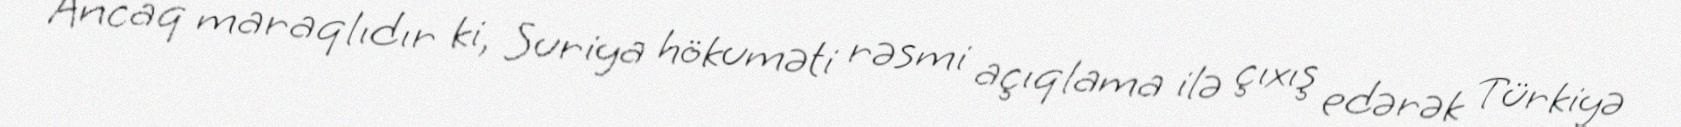
Ancaq maraqlıdır ki, Suriya hökuməti rəsmi açıqlama ilə çıxış edərək Türkiyə